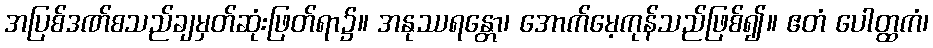
အပြစ်ဒဏ်စသည်ချမှတ်ဆုံးဖြတ်ရာ၌။ အနုဿရန္တော၊ အောက်မေ့ကုန်သည်ဖြစ်၍။ ဧတံ ပေါတ္ထကံ၊